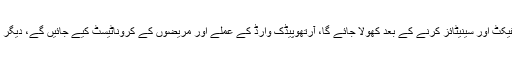
اسپتال انتظامیہ کا کہنا ہے کہ آرتھو پیڈک وارڈ کو ڈسانفیکٹ اور سینیٹائز کرنے کے بعد کھولا جائے گا، آرتھوپیڈک وارڈ کے عملے اور مریضوں کے کروناٹیسٹ کیے جائیں گے، دیگر افراد میں کروناوائرس کے اثرات کا پایا جانا ممکن ہے۔